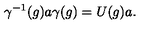
\gamma ^ { - 1 } ( g ) a \gamma ( g ) = U ( g ) a .